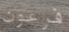
فرعون